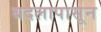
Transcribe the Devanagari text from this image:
बदलापासून